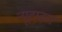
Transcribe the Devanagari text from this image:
न्यूटाऊन